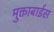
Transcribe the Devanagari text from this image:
मुक्ताबाईस